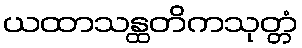
ယထာသန္ထတိကသုတ္တံ